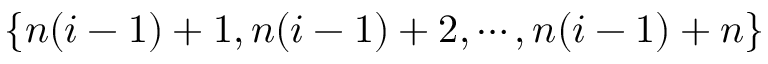
\{ n ( i - 1 ) + 1 , n ( i - 1 ) + 2 , \cdots , n ( i - 1 ) + n \}